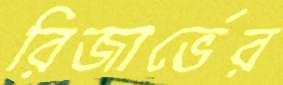
রিজার্ভের